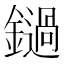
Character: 鐹